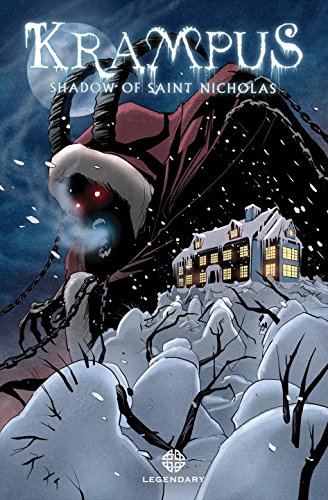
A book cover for Krampus: Shadow of Saint Nicholas; Michael Dougherty; Comics & Graphic Novels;